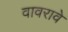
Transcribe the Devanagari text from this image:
वावरावे